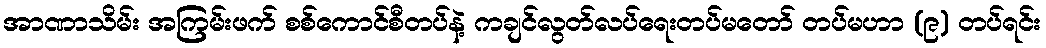
အာဏာသိမ်း အကြမ်းဖက် စစ်ကောင်စီတပ်နဲ့ ကချင်လွတ်လပ်ရေးတပ်မတော် တပ်မဟာ (၉) တပ်ရင်း